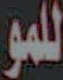
للمو